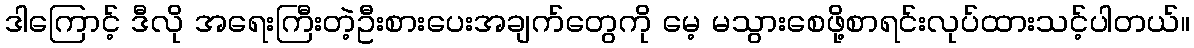
ဒါကြောင့် ဒီလို အရေးကြီးတဲ့ဦးစားပေးအချက်တွေကို မေ့ မသွားစေဖို့စာရင်းလုပ်ထားသင့်ပါတယ်။